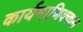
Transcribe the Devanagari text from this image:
कार्यमाणिक्कम